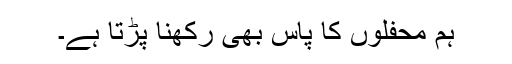
ہم محفلوں کا پاس بھی رکھنا پڑتا ہے۔